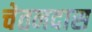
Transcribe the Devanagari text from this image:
चेतनदास